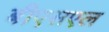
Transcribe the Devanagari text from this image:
बीएसएल